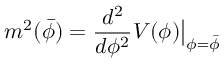
m ^ { 2 } ( \bar { \phi } ) = \frac { d ^ { 2 } } { d \phi ^ { 2 } } V ( \phi ) \big | _ { \phi = \bar { \phi } }